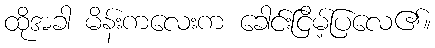
ထိုအခါ မိန်းကလေးက ခေါင်းငြိမ့်ပြလေ၏။